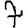
Digit: 7